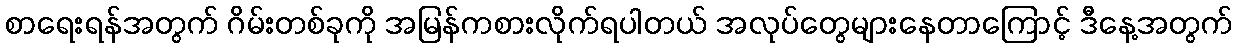
စာရေးရန်အတွက် ဂိမ်းတစ်ခုကို အမြန်ကစားလိုက်ရပါတယ် အလုပ်တွေများနေတာကြောင့် ဒီနေ့အတွက်